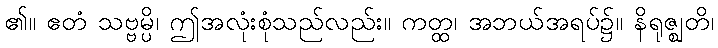
၏။ ဧတံ သဗ္ဗမ္ပိ၊ ဤအလုံးစုံသည်လည်း။ ကတ္ထ၊ အဘယ်အရပ်၌။ နိရုဇ္ဈတိ၊